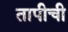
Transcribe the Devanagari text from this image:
तापीची